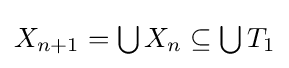
{\textstyle X_{n+1}=\bigcup X_{n}\subseteq \bigcup T_{1}}